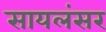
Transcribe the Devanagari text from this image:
सायलंसर